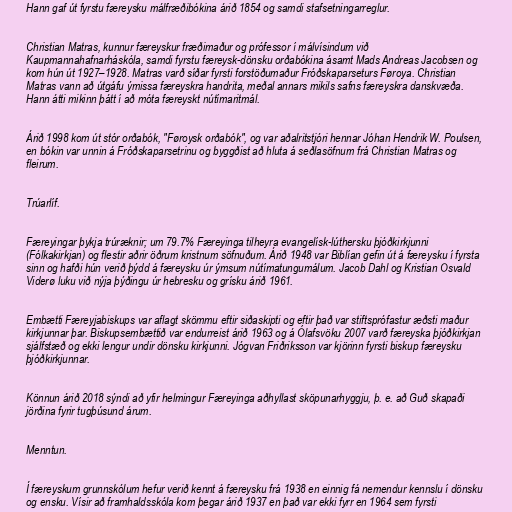
Hann gaf út fyrstu færeysku málfræðibókina árið 1854 og samdi stafsetningarreglur.

Christian Matras, kunnur færeyskur fræðimaður og prófessor í málvísindum við
Kaupmannahafnarháskóla, samdi fyrstu færeysk-dönsku orðabókina ásamt Mads Andreas Jacobsen og
kom hún út 1927–1928. Matras varð síðar fyrsti forstöðumaður Fróðskaparseturs Føroya. Christian
Matras vann að útgáfu ýmissa færeyskra handrita, meðal annars mikils safns færeyskra danskvæða.
Hann átti mikinn þátt í að móta færeyskt nútímaritmál.

Árið 1998 kom út stór orðabók, "Føroysk orðabók", og var aðalritstjóri hennar Jóhan Hendrik W. Poulsen,
en bókin var unnin á Fróðskaparsetrinu og byggðist að hluta á seðlasöfnum frá Christian Matras og
fleirum.

Trúarlíf.

Færeyingar þykja trúræknir; um 79.7% Færeyinga tilheyra evangelísk-lúthersku þjóðkirkjunni
(Fólkakirkjan) og flestir aðrir öðrum kristnum söfnuðum. Árið 1948 var Biblían gefin út á færeysku í fyrsta
sinn og hafði hún verið þýdd á færeysku úr ýmsum nútímatungumálum. Jacob Dahl og Kristian Osvald
Viderø luku við nýja þýðingu úr hebresku og grísku árið 1961.

Embætti Færeyjabiskups var aflagt skömmu eftir siðaskipti og eftir það var stiftsprófastur æðsti maður
kirkjunnar þar. Biskupsembættið var endurreist árið 1963 og á Ólafsvöku 2007 varð færeyska þjóðkirkjan
sjálfstæð og ekki lengur undir dönsku kirkjunni. Jógvan Friðriksson var kjörinn fyrsti biskup færeysku
þjóðkirkjunnar.

Könnun árið 2018 sýndi að yfir helmingur Færeyinga aðhyllast sköpunarhyggju, þ. e. að Guð skapaði
jörðina fyrir tugþúsund árum.

Menntun.

Í færeyskum grunnskólum hefur verið kennt á færeysku frá 1938 en einnig fá nemendur kennslu í dönsku
og ensku. Vísir að framhaldsskóla kom þegar árið 1937 en það var ekki fyrr en 1964 sem fyrsti